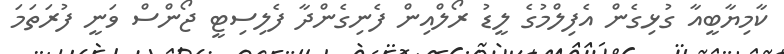
ކާމިޔާބީއާ ގުޅިގެން އެފިލްމުގެ ލީޑު ރޯލްއިން ފެނިގެންދާ ފެލިސިޓީ ޖޯންސް ވަނީ ފުރަތަމަ